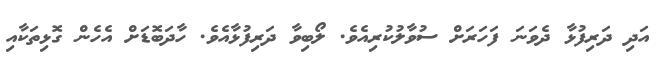
އަދި ދަރިފުޅާ ދެވަނަ ފަހަރަށް ސުވާލުކުރިއެވެ. ލޯބިވާ ދަރިފުޅާއެވެ. ހާދަބޮޑަށް އެހެން ގޮޅިތަކާއި